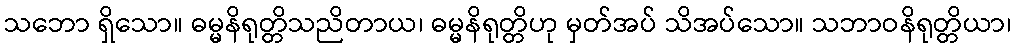
သဘော ရှိသော။ ဓမ္မနိရုတ္တိသညိတာယ၊ ဓမ္မနိရုတ္တိဟု မှတ်အပ် သိအပ်သော။ သဘာဝနိရုတ္တိယာ၊